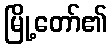
မြို့တော်၏